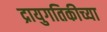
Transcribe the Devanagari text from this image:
द्रायुगतिकीच्या